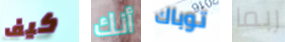
كيف أنك توباك ربما